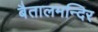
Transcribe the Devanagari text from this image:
बैतालमन्दिर